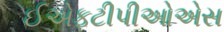
ઈએફટીપીઓએસ